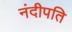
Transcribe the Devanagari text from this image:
नंदीपति